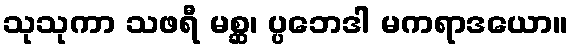
သုသုကာ သဖရီ မစ္ဆ၊ ပ္ပဘေဒါ မကရာဒယော။